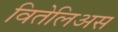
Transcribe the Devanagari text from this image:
वितेलिअस